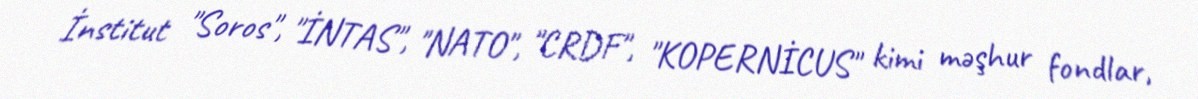
İnstitut "Soros", "İNTAS", "NATO", "CRDF", "KOPERNİCUS" kimi məşhur fondlar,